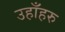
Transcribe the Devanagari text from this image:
उहाँहरु